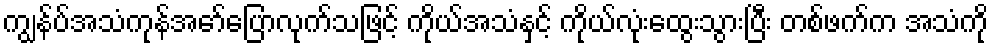
ကျွန်ပ်အသံကုန်အော်ပြောလုက်သဖြင့် ကိုယ်အသံနှင့် ကိုယ်လုံးထွေးသွားပြီး တစ်ဖက်က အသံကို